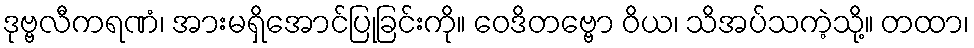
ဒုဗ္ဗလီကရဏံ၊ အားမရှိအောင်ပြုခြင်းကို။ ဝေဒိတဗ္ဗော ဝိယ၊ သိအပ်သကဲ့သို့။ တထာ၊